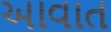
આવાત